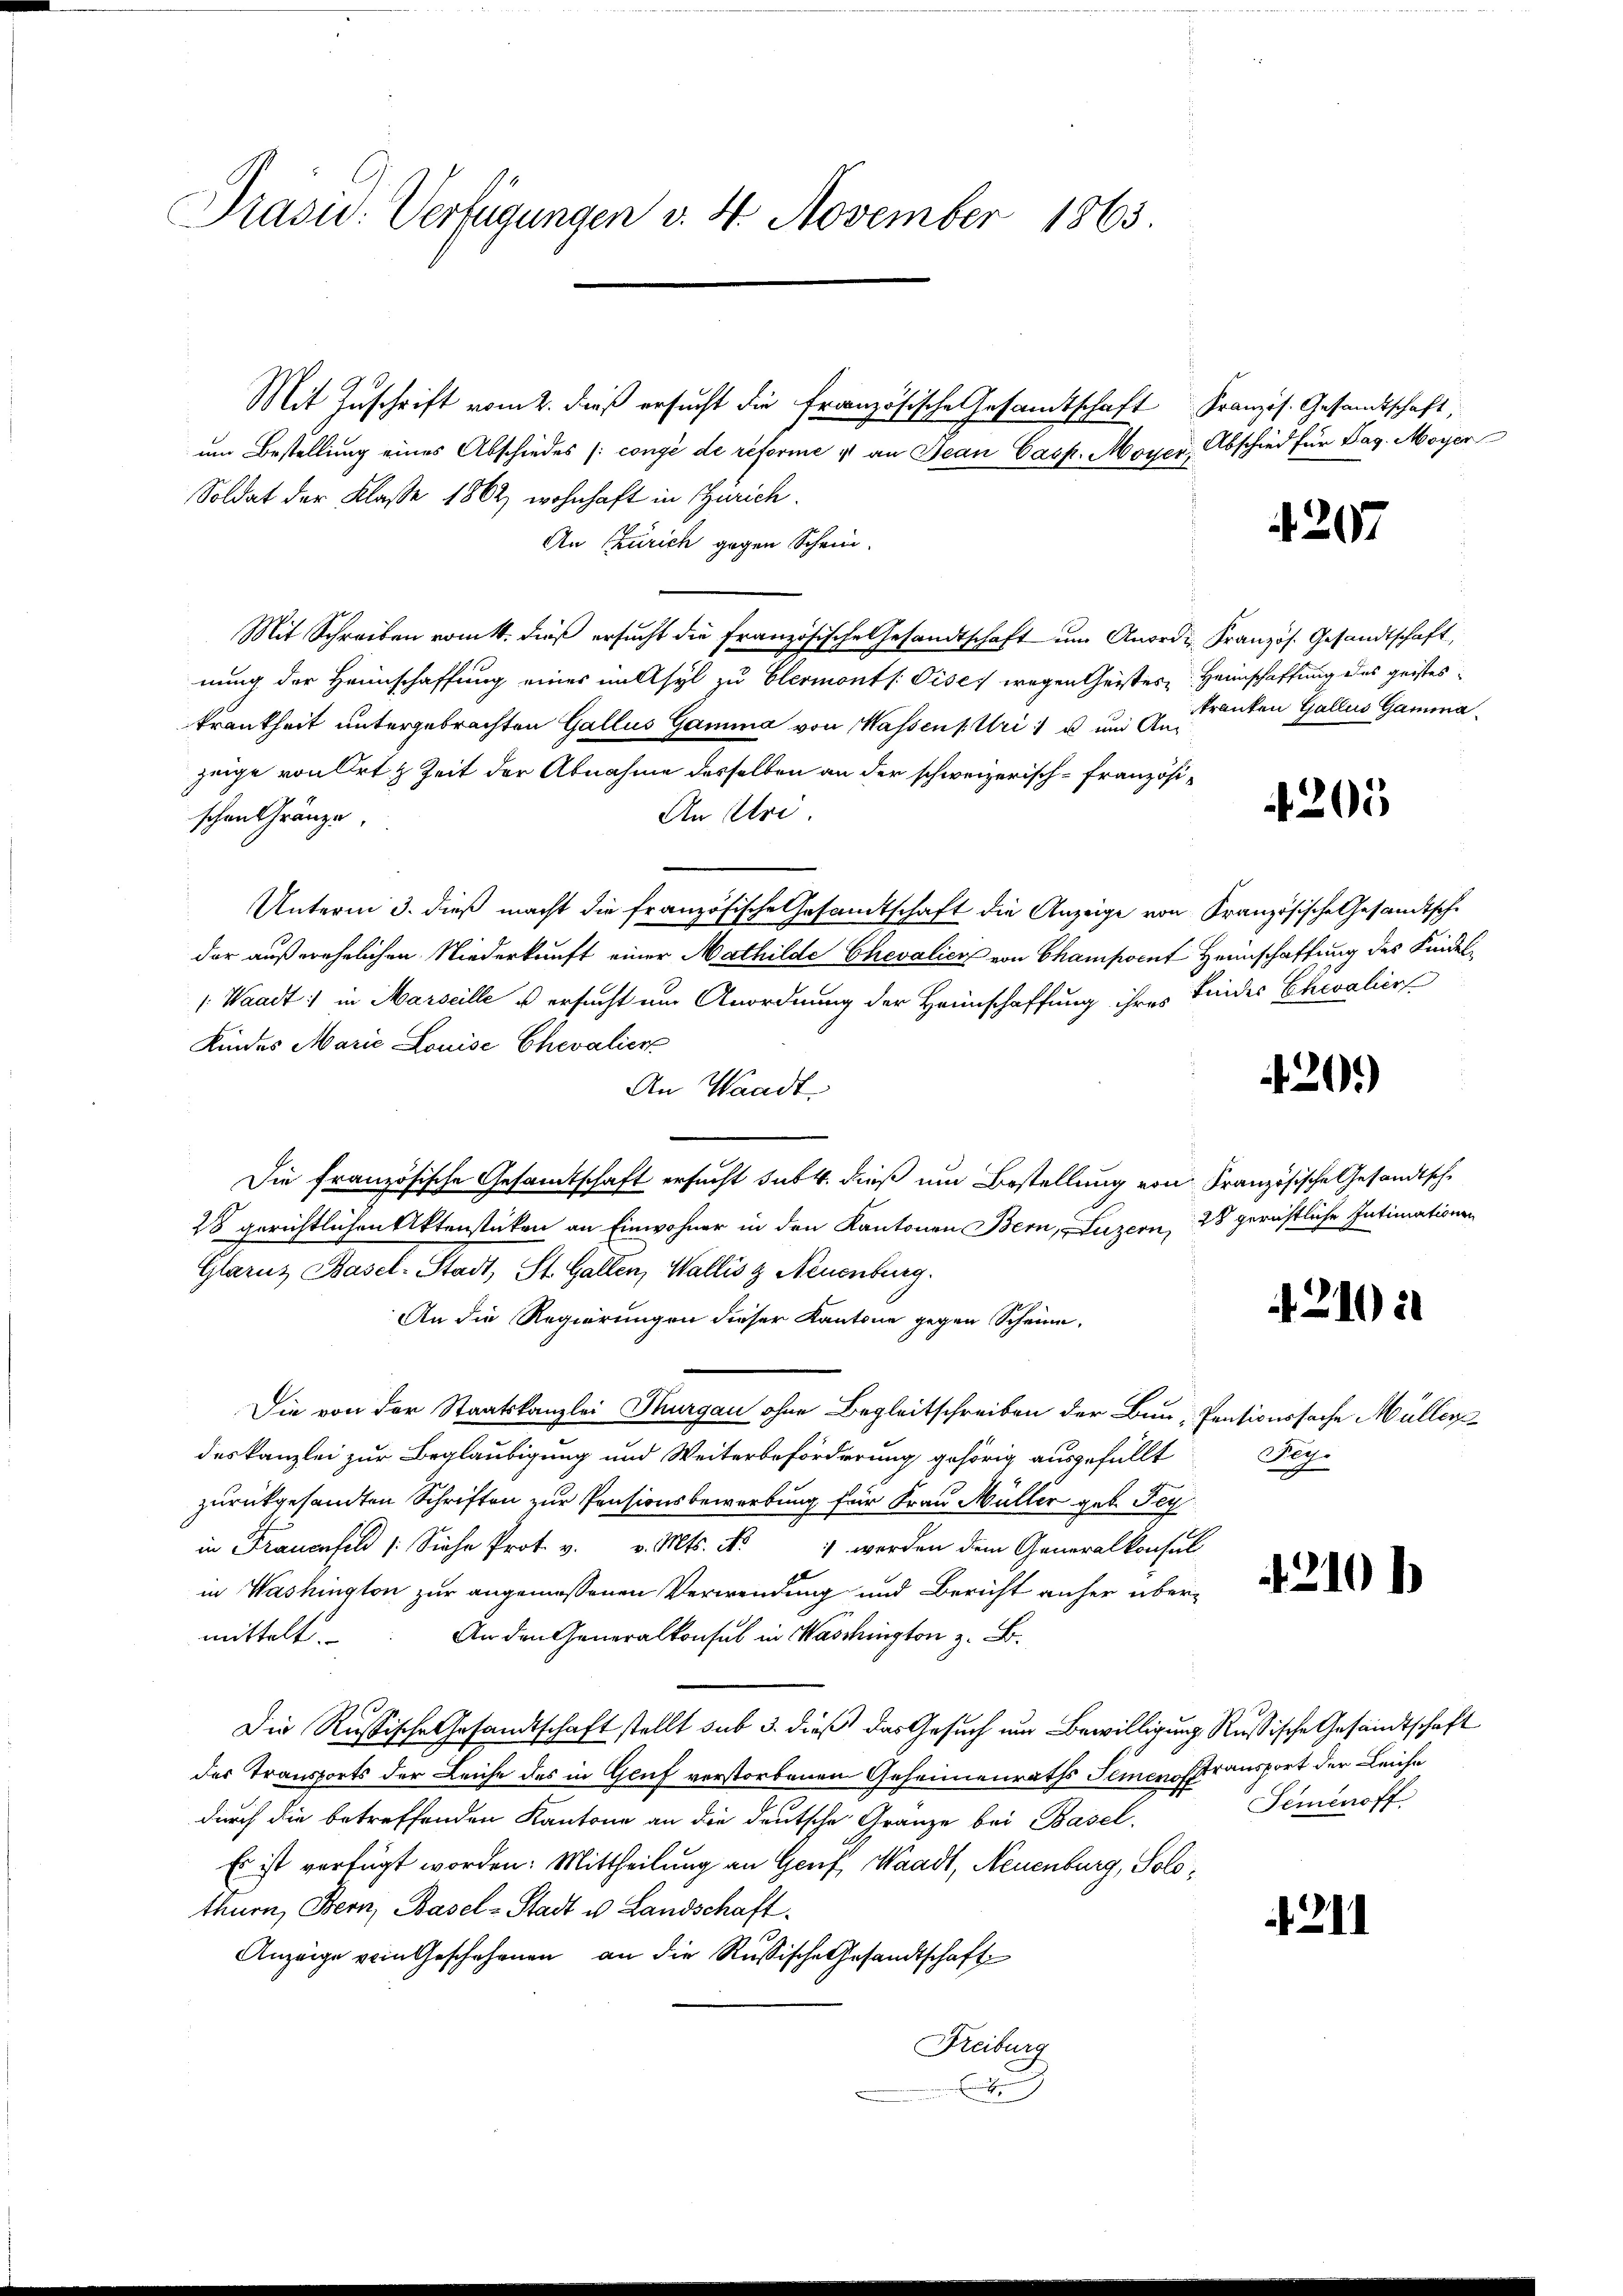
Präsid. Verfügungen v. 4. November 1863

Mit Zuschrift vom 2. dieß ersucht die französische Gesamtschaft Französ. Gesandtschaft,
um Bestellung eines Abschiedes (congé de reforme & an Jean Casp. Moyer, Abschied für Tag. Moyer
Soldat der Klaße 1862, wohnhaft in Zürich.
An Zürich gegen Schein.
Mit Schreiben vom k. dieß ersucht die französische Gesandtschaft um Anorde Kranzös. Gesandtschaft,
nung der Heimschaffung eines unsyl zu Clermonts Pise, wegen Geistes Heimschaffung des geisteskrankheit untergebrachten Gallus Gamma von Massens. Uri u und Anzeige von Ort & Zeit der Abnahme desselben an der schweizerisch-Französi¬
An Uri
schen Gränze.
Unterm 3. dieß macht die französische Gesamtschaft die Anzeige von Französische Gesandtsche
der außerehelichen Niederkunft einer Mathilde Chevalien von Champsent Heimschaffung des Kindel¬
: Waadt: in Marseille u ersucht um Anordnung der Heimschaffung ihres Kindes Chevalien
Kindes Marie Louise Chevalier
An Waadt
Die französische Gesamtschaft ersucht sub 4. dieß um Bestellung von Französische Gesandtsche
28 gerichtlichen Aktenstücken an Einwohner in den Kantonen Bern, Luzern, 28 gerichtliche Intimationen
Glarus Basel-Stadt, St. Gallen, Wallis & Neuenburg.
An die Regierungen dieser Kantone gegen Scheine,
Die von der Staatskanzlei Thurgau ohne Begleitschreiben der Bau - Pensionssache Müller
deskanzlei zur Beglaubigung und Weiterbeförderung gehörig ausgefüllt
zurückgesandten Schriften zur Pensionsbewerbung für Frau Müller geb. Tey
in Frauenfeld /: Siehe Prot. v. v. Mts. No 1 werden dem Generalkonsul
in Washington zur angemessenen Verwendung und Bericht anher übermittelt.
An den Generalkonsul in Waschington z. B.
Die Russische Gesandtschaft stellt sub 3. dieß das Gesuch um Bewilligung Rußische Gesandtschaft
der Transports der Leiche des in Gluf verstorbenen Geheimenraths Semenoransport der Leiche
durch die betreffenden Kantone an die deutsche Gränze bei Basel-
Es ist verfügt worden: Mittheilung an Genf, Waadt, Neuenburg, Solothurn, Bern, Basel-Stadt u. Landschaft.
Anzeige vom Geschehenen an die Russische Gesandtschaft
Freiburg
J

207

tranten Gallus Gamina

205

20.)

421021

Reg.

42101

Seienoff

211